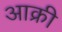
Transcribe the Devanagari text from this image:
आक्री